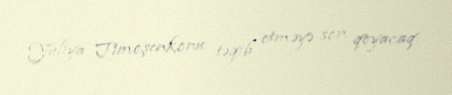
Yuliya Timoşenkonu təqib etməyə son qoyacaq.